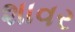
શાવર